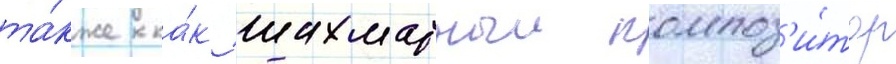
та́кже ка́к шахматныи композ'и́тор